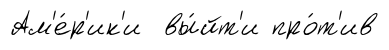
Ам'е́р'ик'и вы́йт'и про́т'ив